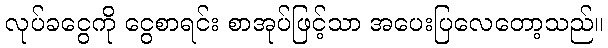
လုပ်ခငွေကို ငွေစာရင်း စာအုပ်ဖြင့်သာ အပေးပြလေတော့သည်။